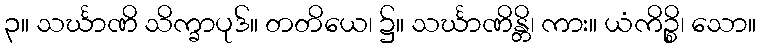
၃။ သင်္ဃာဏိ သိက္ခာပုဒ်။ တတိယေ၊ ၌။ သင်္ဃာဏိန္တိ၊ ကား။ ယံကိဉ္စိ၊ သော။